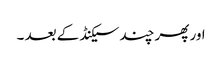
اور پھر چند سیکنڈ کے بعد ۔